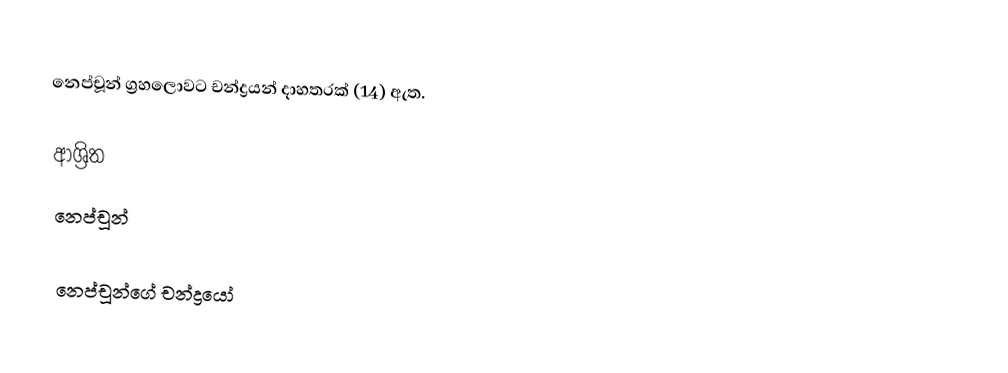
නෙප්චූන් ග්‍රහලොවට චන්ද්‍රයන් දාහතරක් (14) ඇත.

ආශ්‍රිත
 නෙප්චූන්

නෙප්චූන්ගේ චන්ද්‍රයෝ